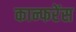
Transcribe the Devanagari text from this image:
कान्फरेंस